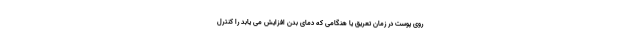
روی پوست در زمان تعریق یا هنگامی که دمای بدن افزایش می یابد را کنترل